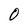
Character: 0